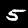
Label: 5